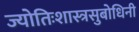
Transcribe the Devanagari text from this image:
ज्योतिःशास्त्रसुबोधिनी